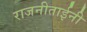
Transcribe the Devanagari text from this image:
राजनीताईनी